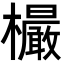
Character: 𣠨